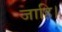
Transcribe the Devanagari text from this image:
जाहि।